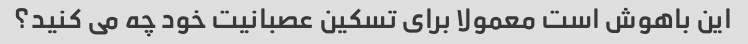
این باهوش است معمولا برای تسکین عصبانیت خود چه می کنید؟